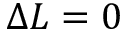
\Delta L = 0